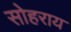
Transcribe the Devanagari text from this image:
सोहराय